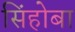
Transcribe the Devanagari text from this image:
सिंहोबा